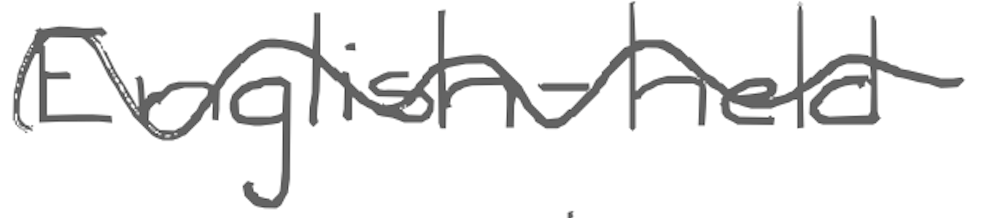
Text: English-held
Cross-out: mix
Writing tool: digital_gray